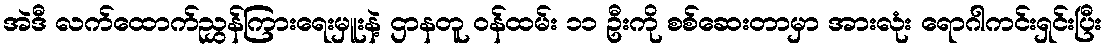
အဲဒီ လက်ထောက်ညွှန်ကြားရေးမှူးနဲ့ ဌာနတူ ဝန်ထမ်း ၁၁ ဦးကို စစ်ဆေးတာမှာ အားလုံး ရောဂါကင်းရှင်းပြီး